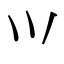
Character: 𭕄